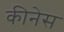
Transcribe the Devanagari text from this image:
कीनेस